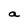
Character: a